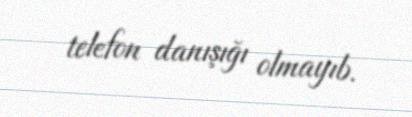
telefon danışığı olmayıb.